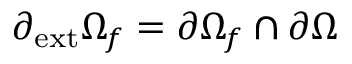
\partial _ { \mathrm { { e x t } } } \Omega _ { f } = \partial \Omega _ { f } \cap \partial \Omega